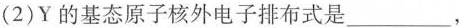
(2)Y的基态原子核外电子排布式是___，